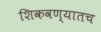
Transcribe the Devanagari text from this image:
शिकवण्यातच